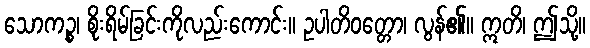
သောကဉ္စ၊ စိုးရိမ်ခြင်းကိုလည်းကောင်း။ ဥပါတိဝတ္တော၊ လွန်၏။ ဣတိ၊ ဤသို့။